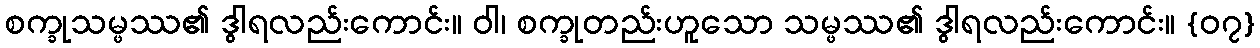
စက္ခုသမ္ဖဿ၏ ဒွါရလည်းကောင်း။ ဝါ၊ စက္ခုတည်းဟူသော သမ္ဖဿ၏ ဒွါရလည်းကောင်း။ {၀၇}